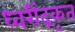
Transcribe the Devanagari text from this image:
ध्वरींद्रकृत